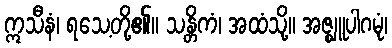
ဣသီနံ၊ ရသေ့တို့၏။ သန္တိကံ၊ အထံသို့။ အဇ္ဈူပါဂမုံ၊